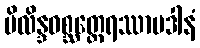
ပိလိန္ဒဝစ္ဆတ္ထေရဿာပဒါနံ